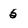
Character: 5